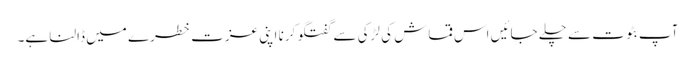
آپ بٹوت سے چلے جائیں اس قماش کی لڑکی سے گفتگو کرنا اپنی عزت خطرے میں ڈالنا ہے۔